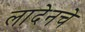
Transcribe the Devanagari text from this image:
लादेनचे